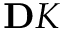
\mathbf Ḋ K Ḍ